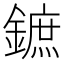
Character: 鏣